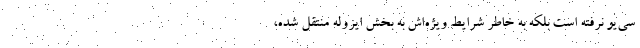
‌سی‌یو نرفته است بلکه به خاطر شرایط ویژه‌اش به بخش ایزوله منتقل شده،